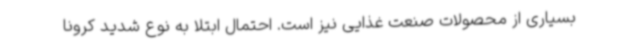
بسیاری از محصولات صنعت غذایی نیز است. احتمال ابتلا به نوع شدید کرونا